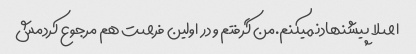
اصلا پیشنهادنمیکنم.من گرفتم و در اولین فرصت هم مرجوع کردمش